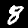
Label: 8